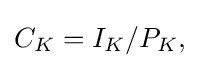
C_{K}=I_{K}/P_{K},\,\!